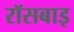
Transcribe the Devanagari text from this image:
रॉसबाइ